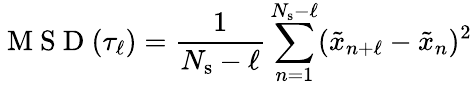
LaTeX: \mathrm{~M~S~D~}(\tau_{\ell})=\frac{1}{N_{\mathrm{s}}-\ell}\sum_{n=1}^{N_{\mathrm{s}}-\ell}(\tilde{x}_{n+\ell}-\tilde{x}_{n})^{2}